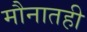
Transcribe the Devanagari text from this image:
मौनातही